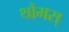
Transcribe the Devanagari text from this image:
थौमस्